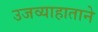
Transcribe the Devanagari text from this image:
उजव्याहाताने